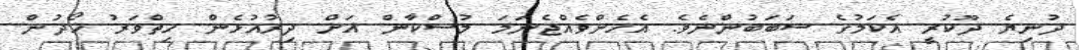
ދުނިޔެ ދޫކުރީ އެކަމުގެ ސަބަބުންނެވެ. އެހެންވެއްޖެނަމަ މުސްކާން އަށް ދިރުއުޅެން ހިތްވަރު ހޯދުން